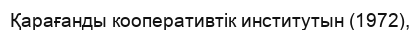
Қарағанды кооперативтік институтын (1972),